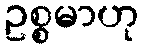
ဥစ္စမာဟု